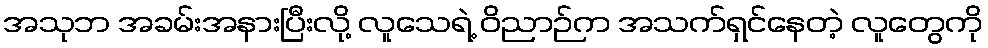
အသုဘ အခမ်းအနားပြီးလို့ လူသေရဲ့ ဝိညာဉ်က အသက်ရှင်နေတဲ့ လူတွေကို